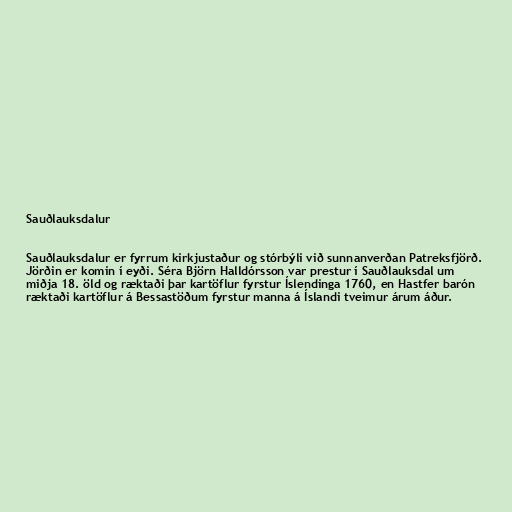
Sauðlauksdalur

Sauðlauksdalur er fyrrum kirkjustaður og stórbýli við sunnanverðan Patreksfjörð.
Jörðin er komin í eyði. Séra Björn Halldórsson var prestur í Sauðlauksdal um
miðja 18. öld og ræktaði þar kartöflur fyrstur Íslendinga 1760, en Hastfer barón
ræktaði kartöflur á Bessastöðum fyrstur manna á Íslandi tveimur árum áður.